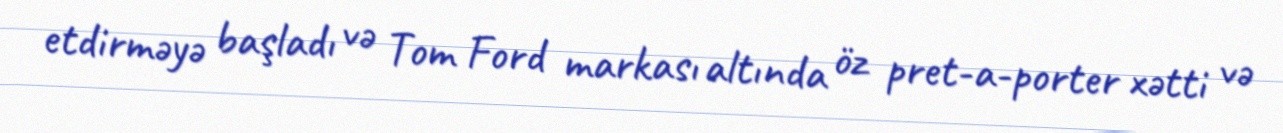
etdirməyə başladı və Tom Ford markası altında öz pret-a-porter xətti və